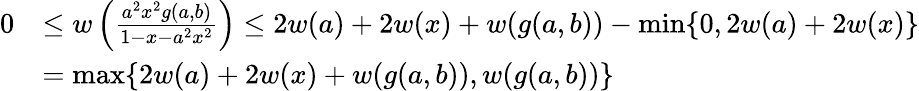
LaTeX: \begin{array}{rl}{0}&{\leq w\left(\frac{a^{2}x^{2}g(a,b)}{1-x-a^{2}x^{2}}\right)\leq 2w(a)+2w(x)+w(g(a,b))-\operatorname*{min}\lbrace 0,2w(a)+2w(x)\rbrace}\\ &{=\operatorname*{max}\lbrace 2w(a)+2w(x)+w(g(a,b)),w(g(a,b))\rbrace}\end{array}